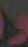
و